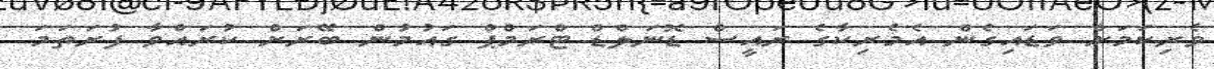
ވެރިކަމަށް ވަޑައިގެން އެމެރިކާގެ ރައީސް ޑޮނަލްޑް ޓްރަމްޕް ގައުމުން ބޭރަށް ކުރައްވާ ފުރަތަމަ